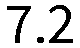
7.2